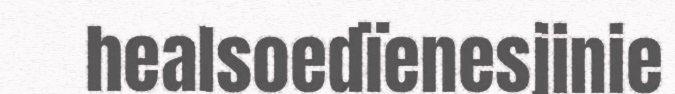
healsoedïenesjinie